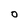
Character: 0